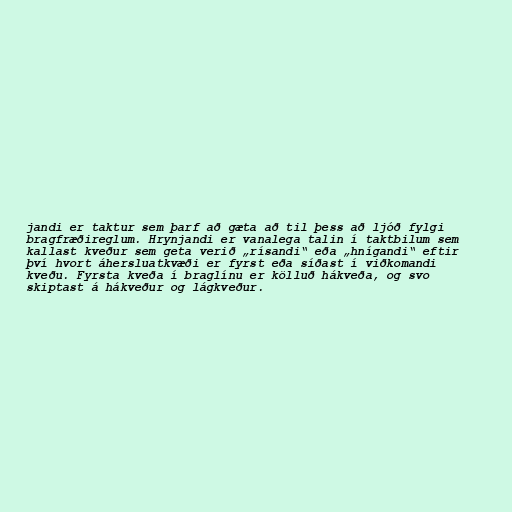
jandi er taktur sem þarf að gæta að til þess að ljóð fylgi
bragfræðireglum. Hrynjandi er vanalega talin í taktbilum sem
kallast kveður sem geta verið „rísandi“ eða „hnígandi“ eftir
því hvort áhersluatkvæði er fyrst eða síðast í viðkomandi
kveðu. Fyrsta kveða í braglínu er kölluð hákveða, og svo
skiptast á hákveður og lágkveður.